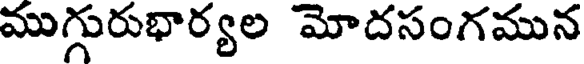
ముగ్గురుభార్యల మోదసంగమున